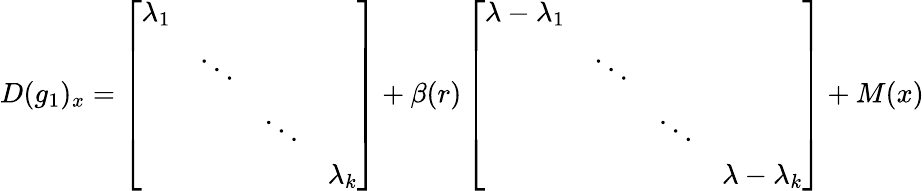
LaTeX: D(g_{1})_{x}=\left[\begin{array}{llll}{\lambda_{1}}&{\ }&{\ }&{\ }\\ {\ }&{\ddots}&{\ }&{\ }\\ {\ }&{\ }&{\ddots}&{\ }\\ {\ }&{\ }&{\ }&{\lambda_{k}}\end{array}\right]+\beta(r)\left[\begin{array}{llll}{\lambda-\lambda_{1}}&{\ }&{\ }&{\ }\\ {\ }&{\ddots}&{\ }&{\ }\\ {\ }&{\ }&{\ddots}&{\ }\\ {\ }&{\ }&{\ }&{\lambda-\lambda_{k}}\end{array}\right]+M(x)